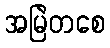
အမြဲတစေ